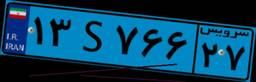
۱۳S۷۶۶۲۷